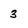
Character: 3